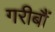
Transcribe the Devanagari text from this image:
गरीबौं